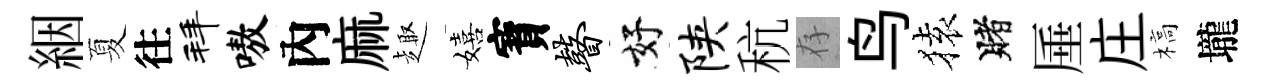
絪夏往拜嗷內麻趣嬉寳瞽好陕秔存鸟𫞤賭厜庄槁壠